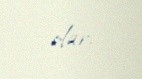
olar.